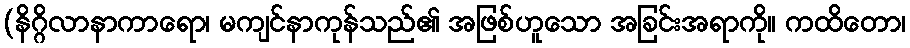
(နိဂ္ဂိလာနာကာရော၊ မကျင်နာကုန်သည်၏ အဖြစ်ဟူသော အခြင်းအရာကို။ ကထိတော၊